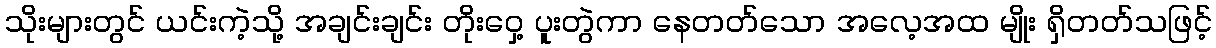
သိုးများတွင် ယင်းကဲ့သို့ အချင်းချင်း တိုးဝှေ့ ပူးတွဲကာ နေတတ်သော အလေ့အထ မျိုး ရှိတတ်သဖြင့်